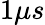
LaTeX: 1\mu s